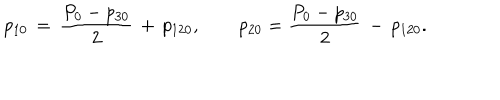
p _ { 1 0 } \, = \, { \frac { P _ { 0 } - p _ { 3 0 } } { 2 } } \, + \, p _ { 1 2 0 } , \qquad p _ { 2 0 } = { \frac { P _ { 0 } - p _ { 3 0 } } { 2 } } \, - \, p _ { 1 2 0 } .